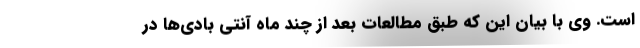
است. وی با بیان این که طبق مطالعات بعد از چند ماه آنتی بادی‌ها در